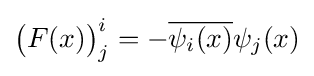
{\big (}F(x){\big )}_{j}^{i}=-{\overline {\psi _{i}(x)}}\psi _{j}(x)